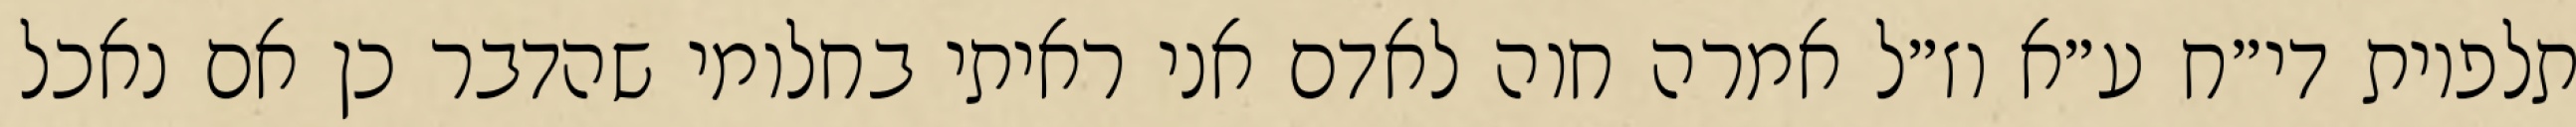
תלפיות די״ח ע״א וז״ל אמרה חוה לאדם אני ראיתי בחלומי שהדבר כן אם נאכל